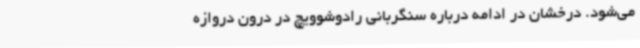
می‌شود. درخشان در ادامه درباره سنگربانی رادوشوویچ در درون دروازه